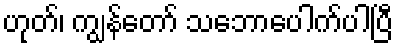
ဟုတ်၊ ကျွန်တော် သဘောပေါက်ပါပြီ